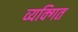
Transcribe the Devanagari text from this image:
व्यक्गित